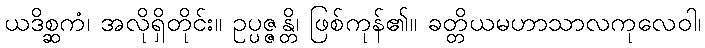
ယဒိစ္ဆကံ၊ အလိုရှိတိုင်း။ ဥပ္ပဇ္ဇန္တိ၊ ဖြစ်ကုန်၏။ ခတ္တိယမဟာသာလကုလေဝါ၊